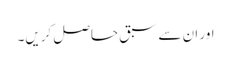
اور ان سے سبق حاصل کریں۔